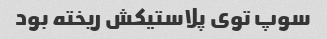
سوپ توی پلاستیکش ریخته بود